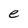
Character: e